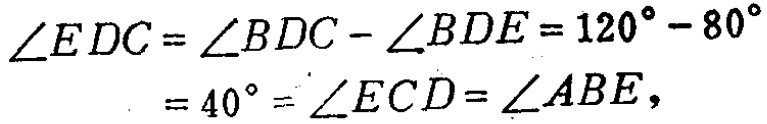
\(\begin{align*}
\angle EDC&=\angle BDC - \angle BDE = 120^{\circ}-80^{\circ}\\
&=40^{\circ}=\angle ECD=\angle ABE,
\end{align*}\)